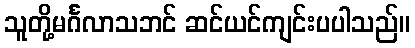
သူတို့မင်္ဂလာသဘင် ဆင်ယင်ကျင်းပပါသည်။